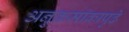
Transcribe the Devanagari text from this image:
अनुक्रमांकापुढे